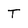
Character: T